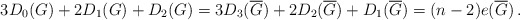
\begin{align*} 3D_0(G)+2D_1(G)+D_2(G) = 3D_3(\overline{G})+2D_2(\overline{G})+D_1(\overline{G}) = (n-2)e(\overline{G}) \,.\end{align*}